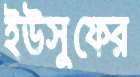
ইউসুফের